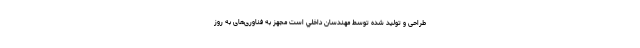
طراحی و تولید شده توسط مهندسان داخلي است مجهز به فناوری‌های به روز